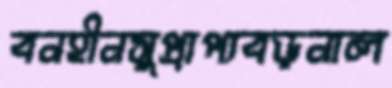
বনহীনসুপ্রাপ্যবড়নাল